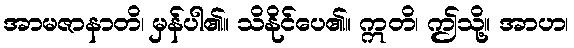
အာမဇာနာတိ၊ မှန်ပါ၏။ သိနိုင်ပေ၏။ ဣတိ၊ ဤသို့။ အာဟ၊